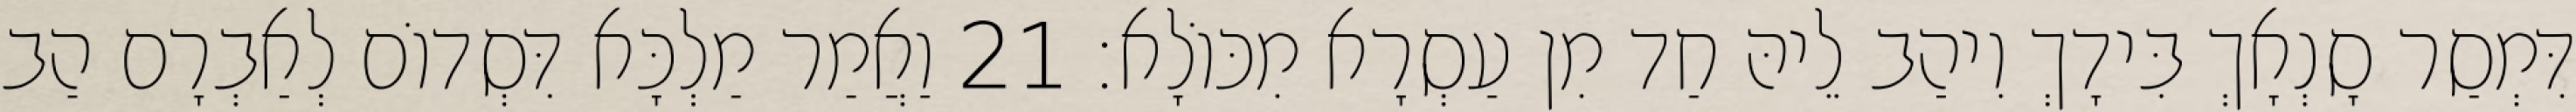
דִּמְסַר סָנְאָךְ בִּידָךְ וִיהַב לֵיהּ חַד מִן עַסְרָא מִכּוֹלָא׃ 21 וַאֲמַר מַלְכָּא דִּסְדוֹם לְאַבְרָם הַב